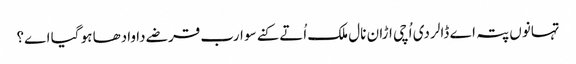
تہانوں پتہ اے ڈالر دی اُچی اڑان نال ملک اُتے کنے سو ارب قرضے دا وادھا ہو گیا اے؟